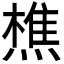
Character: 𬋈